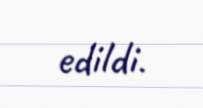
edildi.